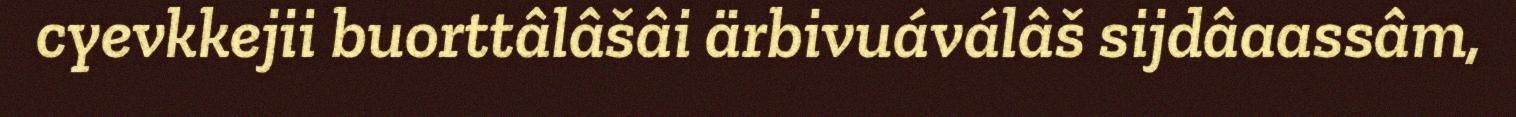
cyevkkejii buorttâlâšâi ärbivuáválâš sijdâaassâm,